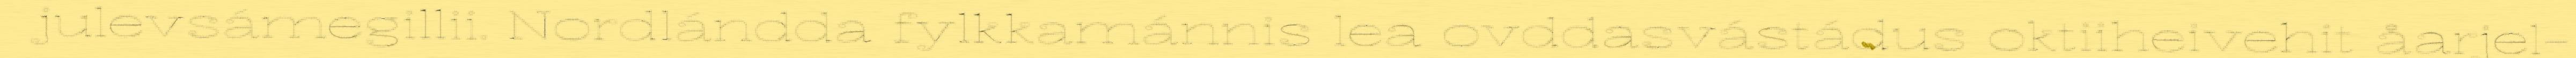
julevsámegillii. Nordlándda fylkkamánnis lea ovddasvástádus oktiiheivehit åarjel-